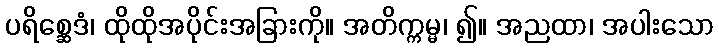
ပရိစ္ဆေဒံ၊ ထိုထိုအပိုင်းအခြားကို။ အတိက္ကမ္မ၊ ၍။ အညထာ၊ အပါးသော